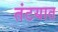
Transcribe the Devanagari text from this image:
तंटयात